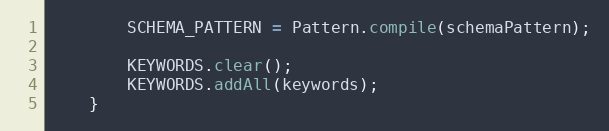
Language: Java
		SCHEMA_PATTERN = Pattern.compile(schemaPattern);

		KEYWORDS.clear();
		KEYWORDS.addAll(keywords);
	}